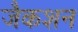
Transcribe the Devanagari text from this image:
जैकशन